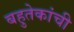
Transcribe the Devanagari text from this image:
बहुतेकांची